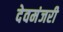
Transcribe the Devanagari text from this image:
देवमंजरी